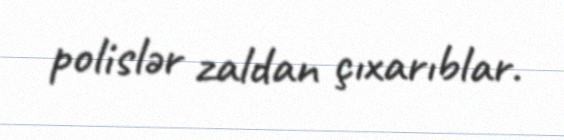
polislər zaldan çıxarıblar.